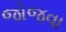
જોજવા